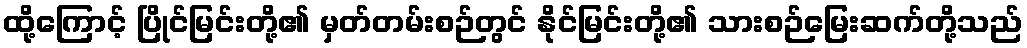
ထို့ကြောင့် ပြိုင်မြင်းတို့၏ မှတ်တမ်းစဉ်တွင် နိုင်မြင်းတို့၏ သားစဉ်မြေးဆက်တို့သည်